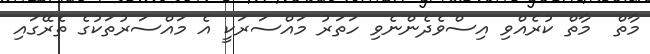
މާތް  މާތް ކުރެއްވި އިސްވެދެންނެވި ހަތަރު މައްސަރަކީ އެ މައްސަރުތަކުގެ ތެރޭގައި